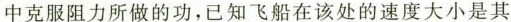
中克服阻力所做的功，已知飞船在该处的速度大小是其